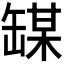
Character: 𫄼